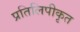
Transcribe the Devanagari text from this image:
प्रतिलिपीकृत